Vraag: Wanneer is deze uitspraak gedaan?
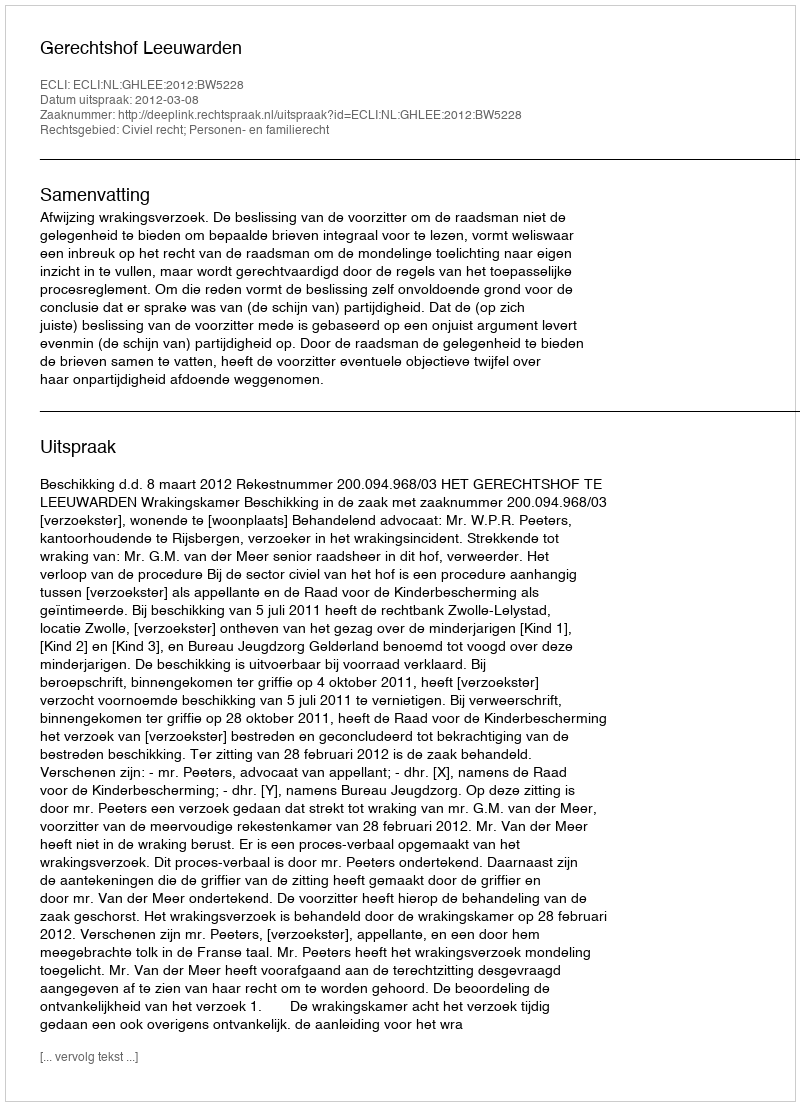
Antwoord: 2012-03-08